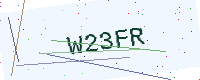
Text: W23FR